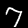
Label: 7